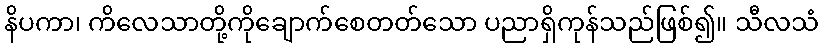
နိပကာ၊ ကိလေသာတို့ကိုချောက်စေတတ်သော ပညာရှိကုန်သည်ဖြစ်၍။ သီလသံ